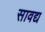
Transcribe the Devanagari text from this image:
सावद्य